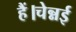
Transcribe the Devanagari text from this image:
हैं।चेन्नई